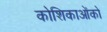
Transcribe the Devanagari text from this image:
कोशिकाओंको